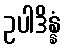
ဥပါဒိန္နံ